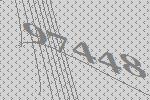
97448